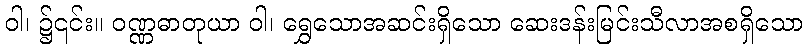
ဝါ၊ ၌၎င်း။ ဝဏ္ဏဓာတုယာ ဝါ၊ ရွှေသောအဆင်းရှိသော ဆေးဒန်းမြင်းသီလာအစရှိသော